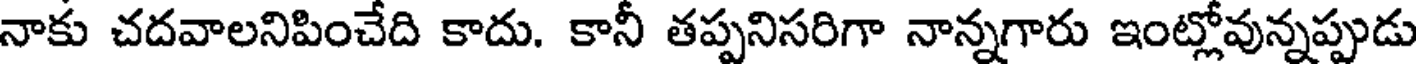
నాకు చదవాలనిపించేది కాదు. కానీ తప్పనిసరిగా నాన్నగారు ఇంట్లోవున్నప్పుడు